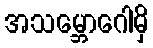
အသမ္ဘောဂေါမှိ